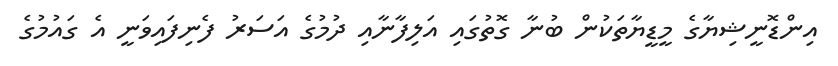
އިންޑޮނީޝިޔާގެ މީޑީޔާތަކުން ބުނާ ގޮތުގައި އަލިފާނާއި ދުމުގެ އަސަރު ފެނިފައިވަނީ އެ ގައުމުގެ